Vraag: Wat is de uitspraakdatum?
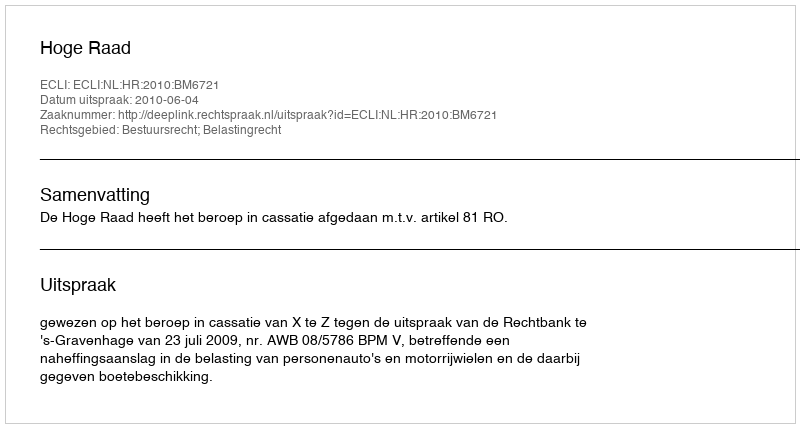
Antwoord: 2010-06-04